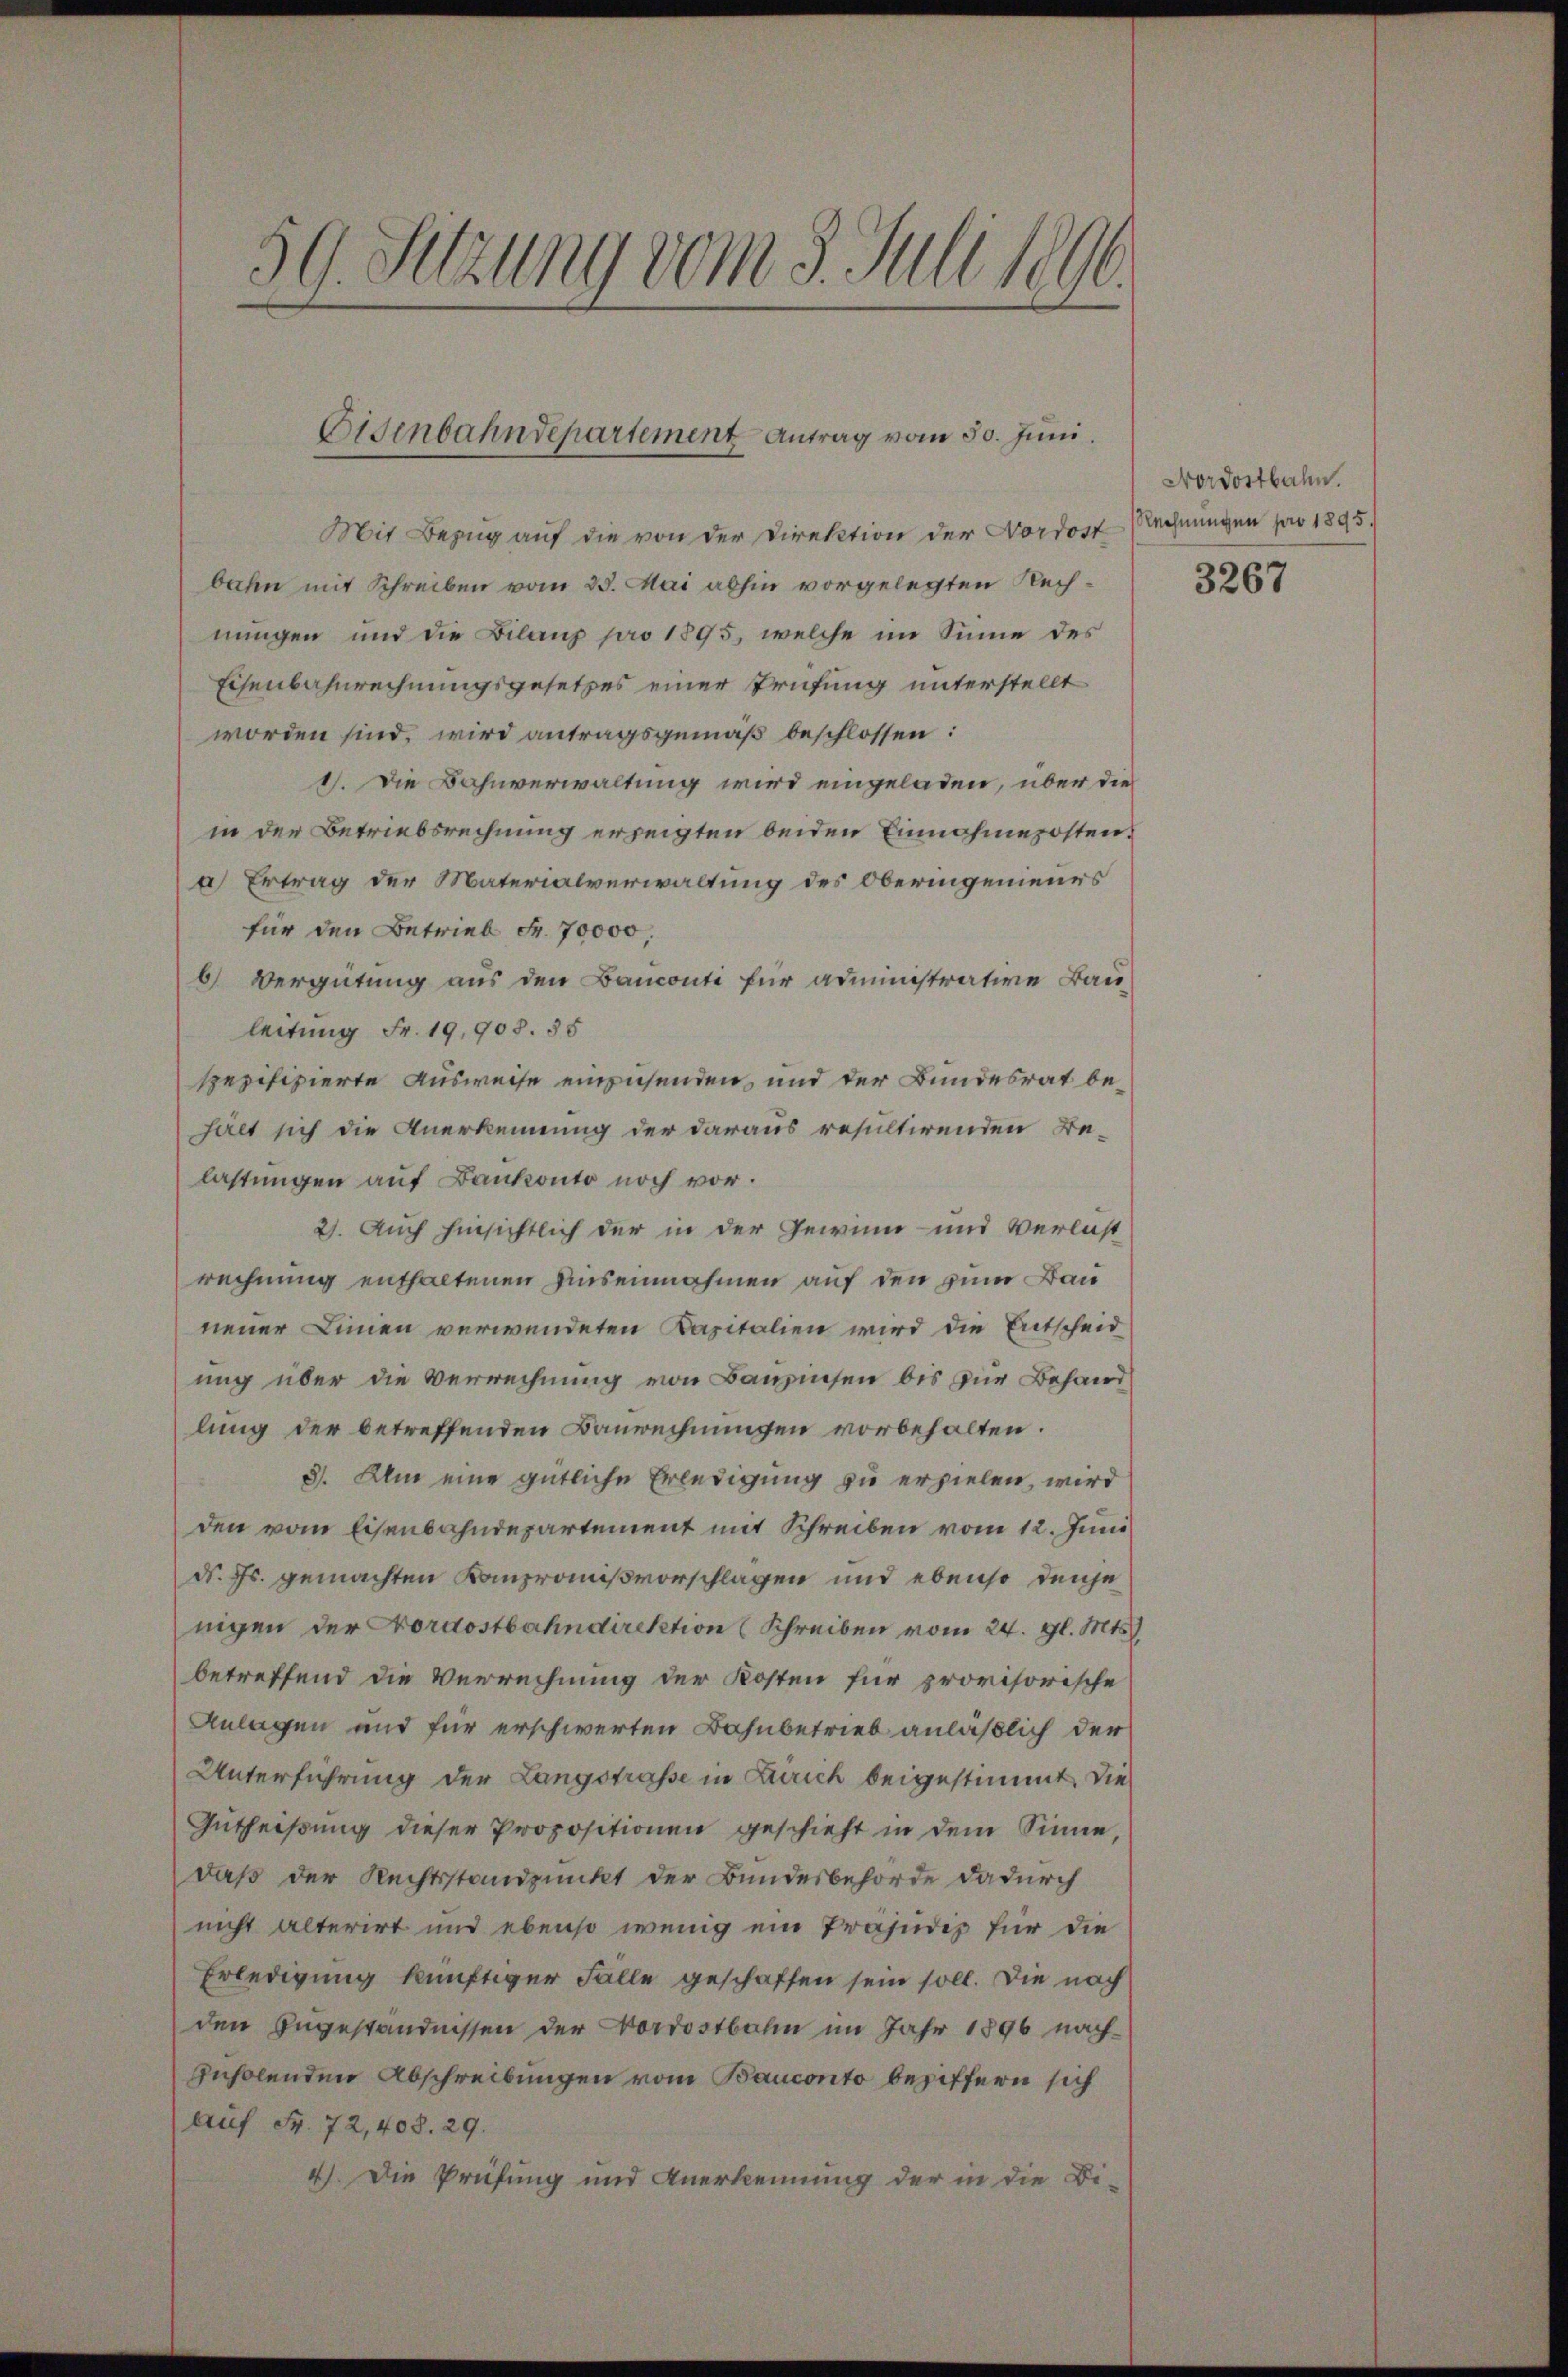
59. Setzung vom 3. Juli 1896.

Eisenbahndepartement Antrag vom 30. Juni.

Mit Bezug auf die von der Direktion der Nordost Rechnungen pro 1895
bahn mit Schreiben vom 25. Mai abhin vorgelegten Rechnungen und die Bilanz pro 1895, welche im Sinne des
Eisenbahnrechnungsgesetzes einer Prüfung unterstellt
worden sind, wird antragsgemäß beschlossen:
1). Die Bahnverwaltung wird eingeladen, über die
in der Betriebsrechnung erzeigten beiden Einnahmeposten.
 Ertrag der Materialverwaltung des Oberingenieurs
für den Betrieb Fr. 70000.
6) Vergütung aus den Banconti für administrative Bau-
leitung Fr. 19,908. 55
spezifizierte Ausweise einzusenden, und der Bundesrat behält sich die Anerkennung der daraus resultirenden Be-
lastungen auf Bankonto noch vor.
2). Auch hinsichtlich der in der Gewinn und Verlust
rechnung enthaltenen Auseinnahmen auf den zum Bauneuer Linien verwendeten Kapitalien wird die Entscheid
ung über die Verrechnung von Bauzinsen bis zur Behandlung der betreffenden Baurechnungen vorbehalten.
3. Ulm eine gütliche Erledigung zu erzielen, wird
den vom Eisenbahndepartement mit Schreiben vom 12. Juni
d. Js. gemachten Kanpromißvorschlagen und ebenso denje
nigen der Nordostbahndirektion (Schreiben vom 24. gl. Mts.
betreffend die Verrechnung der Kosten für provisorische
Anlagen und für erschwerten Bahnbetrieb anläßlich der
Unterführung der Langstrasse in Zürich beigestimmt. Die
Gutheißung dieser Propositionen geschieht in dem Sinne,
daß der Rechtsstandpunkt der Bundesbehörde dadurch
nicht alterirt und ebenso wenig ein Präjudiz für die
Erledigung künftiger Falle geschaffen sein soll. Die nach
den Zugeständnissen der Vordostbahn im Jahr 1896 nach
Inholenden Abschreibungen vom Bauconto beziffern sich
auf Fr. 72, 408. 29.
4). Die Prüfung und Anerkennung der in die Di-

Nordostbahn.

3267